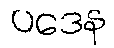
ပဒေန